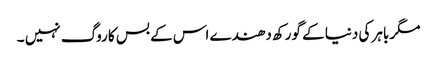
مگر باہر کی دنیا کے گورکھ دھندے اس کے بس کا روگ نہیں ۔